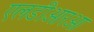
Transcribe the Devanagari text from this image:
एलडीआरओ